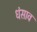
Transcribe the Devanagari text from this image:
धंसाव